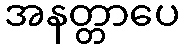
အနတ္တာပေ